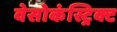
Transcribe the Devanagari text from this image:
वेसोकंस्ट्रिक्ट